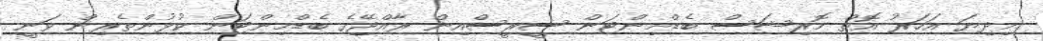
މިދިޔަ އަހަރު އޮތް މޮރިޝަސް ބެޑްމިންޓަން ސީރީސްއިން ރާއްޖޭގެ ބެޑްމިންޓަން ކުޅުންތެރިން ވަނީ